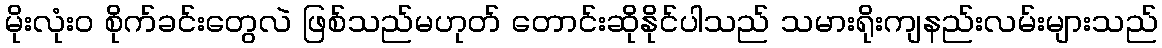
မိုးလုံး၀ စိုက်ခင်းတွေလဲ ဖြစ်သည်မဟုတ် တောင်းဆိုနိုင်ပါသည် သမားရိုးကျနည်းလမ်းများသည်